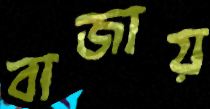
বাজায়